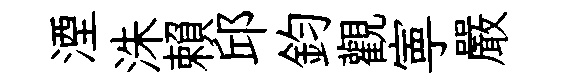
湮洙賴邱鈞觀寕嚴